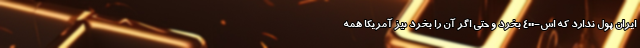
ایران پول ندارد که اس-400 بخرد و حتی اگر آن را بخرد نیز آمریکا همه